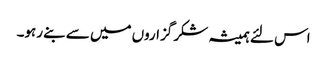
اس لئے ہمیشہ شکر گزاروں میں سے بنے رہو۔